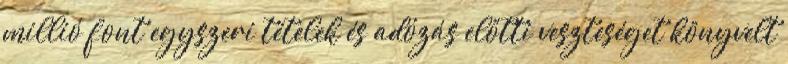
millió font egyszeri tételek és adózás előtti veszteséget könyvelt